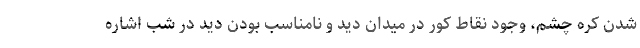
شدن کره چشم، وجود نقاط کور در میدان دید و نامناسب بودن دید در شب اشاره